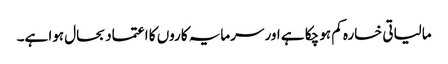
مالیاتی خسارہ کم ہو چکا ہے اور سرمایہ کاروں کا اعتماد بحال ہوا ہے۔